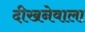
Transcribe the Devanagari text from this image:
दीखनेवाला